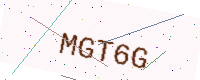
Text: MGT6G